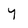
Character: y